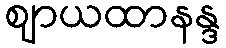
ဈာယထာနန္ဒ